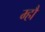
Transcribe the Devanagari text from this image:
म्हौं